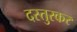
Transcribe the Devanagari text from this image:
दस्तुरकर